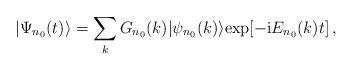
LaTeX: \begin{align*}|\Psi_{n_0}(t)\rangle = \sum_k G_{n_0}(k)|\psi_{n_0}(k)\rangle {\rm exp}[-{\rm i}E_{n_0}(k)t]\,,\end{align*}